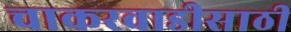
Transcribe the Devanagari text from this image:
चाकरवाडीसाठी